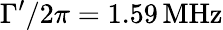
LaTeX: \Gamma^{\prime}/2\pi=1.59\, \mathrm{MHz}